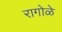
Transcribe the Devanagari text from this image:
रागोळे